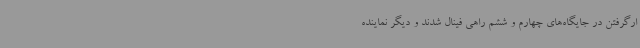
ارگرفتن در جایگاه‌های چهارم و ششم راهی فینال شدند و دیگر نماینده